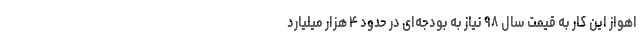
اهواز این کار به قیمت سال ٩٨ نیاز به بودجه‌ای در حدود ۴ هزار میلیارد